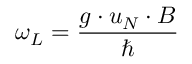
\omega _ { L } = { \frac { g \cdot u _ { N } \cdot B } { \hbar } }